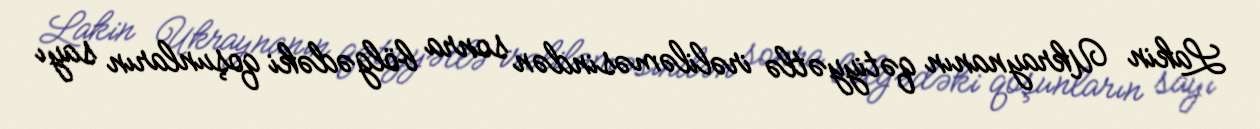
Lakin Ukraynanın qətiyyətlə irəliləməsindən sonra bölgədəki qoşunların sayı